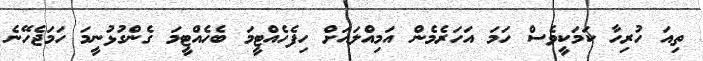
ތިއަ ހުރިހާ ކަމަކީވެސް ހަމަ އަހަރެމެން އަމިއްލައަށް ހިފެހެއްޓީމަ ބެހެއްޓީމަ ގެންގުޅުނީމަ ހަމަޖެހޭނެ